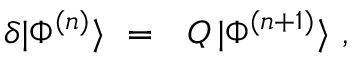
\delta | \Phi ^ { ( n ) } \rangle \ = \ \ { \cal Q } \, | \Phi ^ { ( n + 1 ) } \rangle \ ,